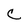
Character: C